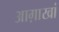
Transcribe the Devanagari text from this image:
आग़ाखां